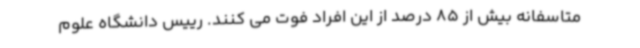
متاسفانه بیش از 85 درصد از این افراد فوت می کنند. رییس دانشگاه علوم